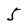
Character: 5